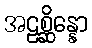
အဠစ္ဆိန္နော